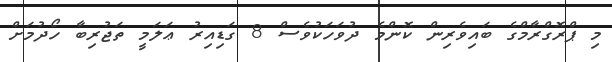
މި ޕްރޮގްރާމްގެ ބައިވެރިން ކޮންމެ ދުވަހަކުވެސް 8 ގަޑިއިރު ޢަލަމީ ތަޖުރިބާ ހޯދުމަށް